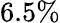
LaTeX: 6.5\%